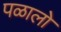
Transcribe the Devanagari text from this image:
पळालो